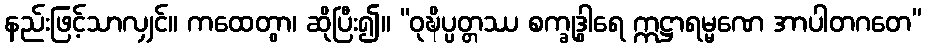
နည်းဖြင့်သာလျှင်။ ကထေတွာ၊ ဆိုပြီး၍။ “ဝုဍ္ဎိပ္ပတ္တဿ စက္ခုဒွါရေ ဣဋ္ဌာရမ္မဏေ အာပါတဂတေ”